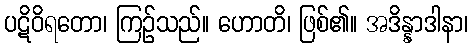
ပဋိဝိရတော၊ ကြဉ်သည်။ ဟောတိ၊ ဖြစ်၏။ အဒိန္နာဒါနာ၊